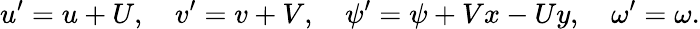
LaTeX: u^{\prime}=u+U,\quad v^{\prime}=v+V,\quad\psi^{\prime}=\psi+Vx-Uy,\quad\omega^{\prime}=\omega.